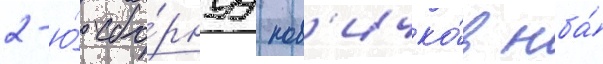
2-ю́ сбо́рнуу нов'ичко́в нба́